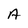
Character: A